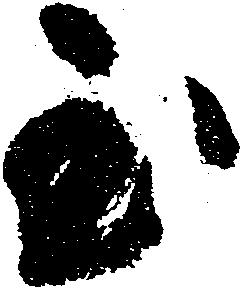
至